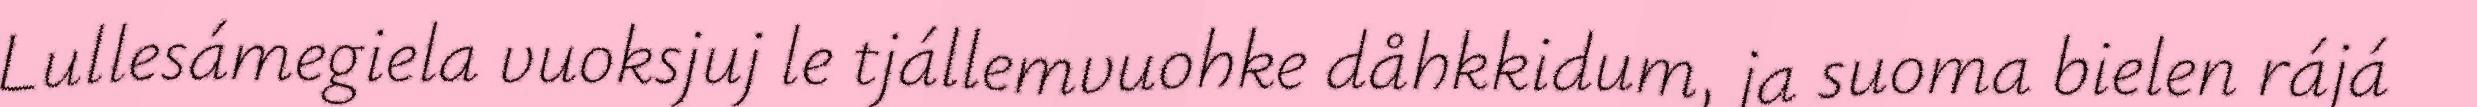
Lullesámegiela vuoksjuj le tjállemvuohke dåhkkidum, ja suoma bielen rájá